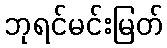
ဘုရင်မင်းမြတ်